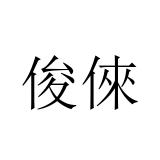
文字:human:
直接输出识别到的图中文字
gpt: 俊倈